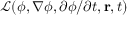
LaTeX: { \mathcal { L } } ( \phi , \nabla \phi , \partial \phi / \partial t , \mathbf { r } , t )